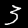
Digit: 3